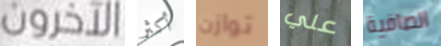
الآخرون أكثر توازن علي الصافية